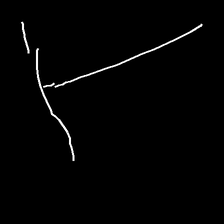
Glyph: column